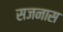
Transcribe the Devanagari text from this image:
सजनास